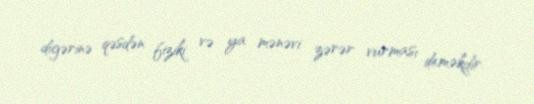
digərinə qəsdən fiziki və ya mənəvi zərər vurması deməkdir.